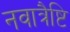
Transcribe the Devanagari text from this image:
नवात्रैष्टि